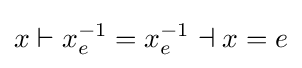
x\vdash x_{e}^{-1}=x_{e}^{-1}\dashv x=e